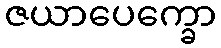
ဇယာပေက္ခော